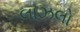
લાઝલો